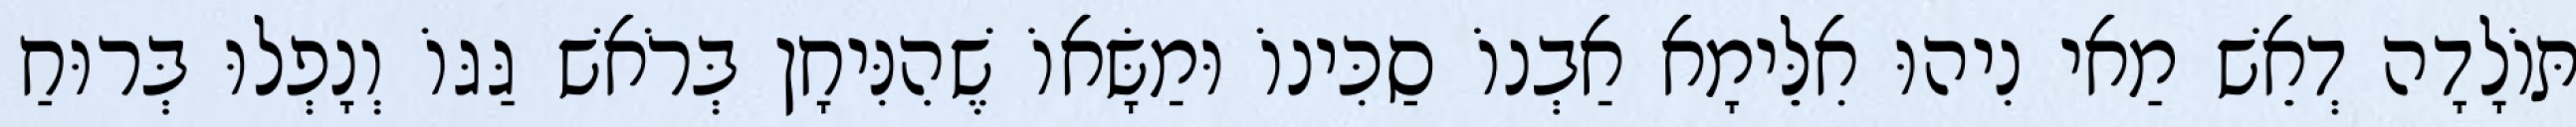
תּוֹלָדָה דְאֵשׁ מַאי נִיהוּ אִלֵּימָא אַבְנוֹ סַכִּינוֹ וּמַשָּׂאוֹ שֶׁהִנִּיחָן בְּרֹאשׁ גַּגּוֹ וְנָפְלוּ בְּרוּחַ